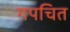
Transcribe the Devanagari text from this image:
गपचित